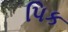
પિક